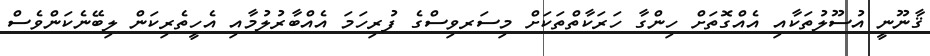
ޤާނޫނީ އުސޫލުތަކާއި އެއްގޮތަށް ހިންގާ ހަރަކާތްތަކަށް މިސަރވިސްގެ ފުރިހަމަ އެއްބާރުލުމާއި އެހީތެރިކަން ލިބޭނެކަންވެސް